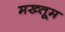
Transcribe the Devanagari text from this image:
मख्तूम